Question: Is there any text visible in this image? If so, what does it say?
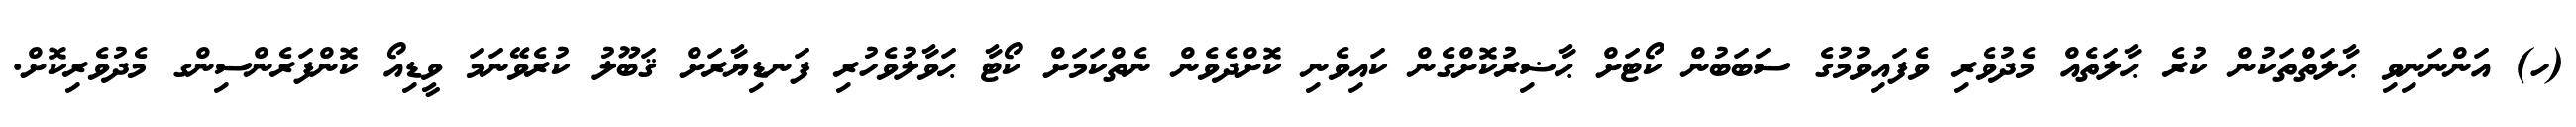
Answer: (ހ) އަންނަނިވި ޙާލަތްތަކުން ކުރެ ޙާލަތެއް މެދުވެރި ވެފައިވުމުގެ ސަބަބުން ކޯޓަށް ޙާޟިރުކޮށްގެން ކައިވެނި ކޮށްދެވެން ނެތްކަމަށް ކޯޓާ ޙަވާލުވެހުރި ފަނޑިޔާރަށް ޤަބޫލު ކުރެވޭނަމަ ވީޑިއޯ ކޮންފަރެންސިންގ މެދުވެރިކޮށް.